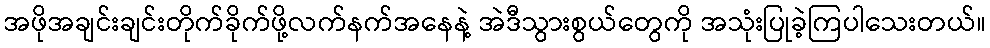
အဖိုအချင်းချင်းတိုက်ခိုက်ဖို့လက်နက်အနေနဲ့ အဲဒီသွားစွယ်တွေကို အသုံးပြုခဲ့ကြပါသေးတယ်။